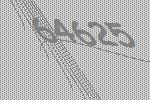
64625